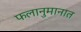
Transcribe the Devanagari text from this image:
फलानुमानात